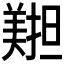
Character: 𦏄